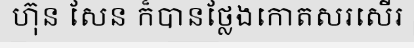
ហ៊ុន សែន ក៏បានថ្លែងកោតសរសើរ